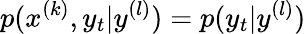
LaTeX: p(x^{(k)},y_{t}|y^{(l)})=p(y_{t}|y^{(l)})